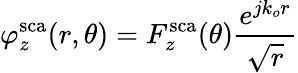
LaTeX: \varphi_{z}^{\mathrm{sca}}(r,\theta)=F_{z}^{\mathrm{sca}}(\theta)\frac{e^{jk_{o}r}}{\sqrt{r}}